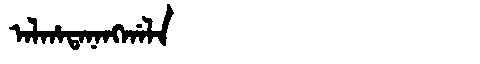
Manchu: ᠠᠯᡥᠠᡨᠠᠨᠠᠩᡤᠠᠯᠠ
Romanization: ALHATANANGGALA